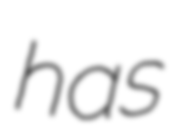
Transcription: has